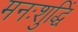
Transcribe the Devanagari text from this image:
मनःशुद्धिं